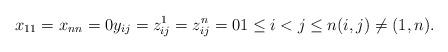
LaTeX: \begin{align*}x_{11}=x_{nn}=0y_{ij}=z_{ij}^1=z_{ij}^n=01\le i<j\le n(i,j)\ne (1,n).\end{align*}